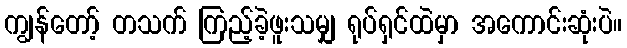
ကျွန်တော့် တသက် ကြည့်ခဲ့ဖူးသမျှ ရုပ်ရှင်ထဲမှာ အကောင်းဆုံးပဲ။